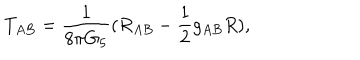
LaTeX: T _ { A B } = \frac { 1 } { 8 \pi G _ { 5 } } ( R _ { A B } - \frac { 1 } { 2 } g _ { A B } R ) ,